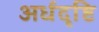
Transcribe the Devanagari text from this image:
अर्धदृष्टि